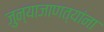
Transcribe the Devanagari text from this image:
जुन्याजाणत्यांना